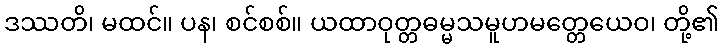
ဒဿတိ၊ မထင်။ ပန၊ စင်စစ်။ ယထာဝုတ္တဓမ္မသမူဟမတ္တေယေဝ၊ တို့၏